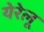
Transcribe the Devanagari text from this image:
येरेलू